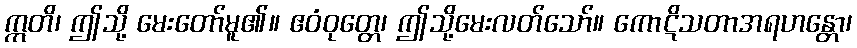
ဣတိ၊ ဤသို့ မေးတော်မူ၏။ ဧဝံဝုတ္တေ၊ ဤသို့မေးလတ်သော်။ ကောဋိသတာအရဟန္တော၊